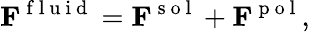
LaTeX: \mathbf{F}^{\mathrm{~f~l~u~i~d~}}=\mathbf{F}^{\mathrm{~s~o~l~}}+\mathbf{F}^{\mathrm{~p~o~l~}},